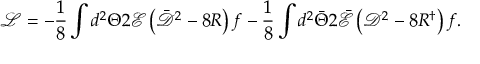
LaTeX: { \mathcal { L } } = - \frac { 1 } { 8 } \int { d ^ { 2 } \Theta 2 { \mathcal { E } } \left( \bar { \mathcal { D } } ^ { 2 } - 8 R \right) f } - \frac { 1 } { 8 } \int { d ^ { 2 } \bar { \Theta } 2 \bar { \mathcal { E } } \left( { \mathcal { D } } ^ { 2 } - 8 R ^ { \dagger } \right) f } .